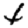
Digit: 4